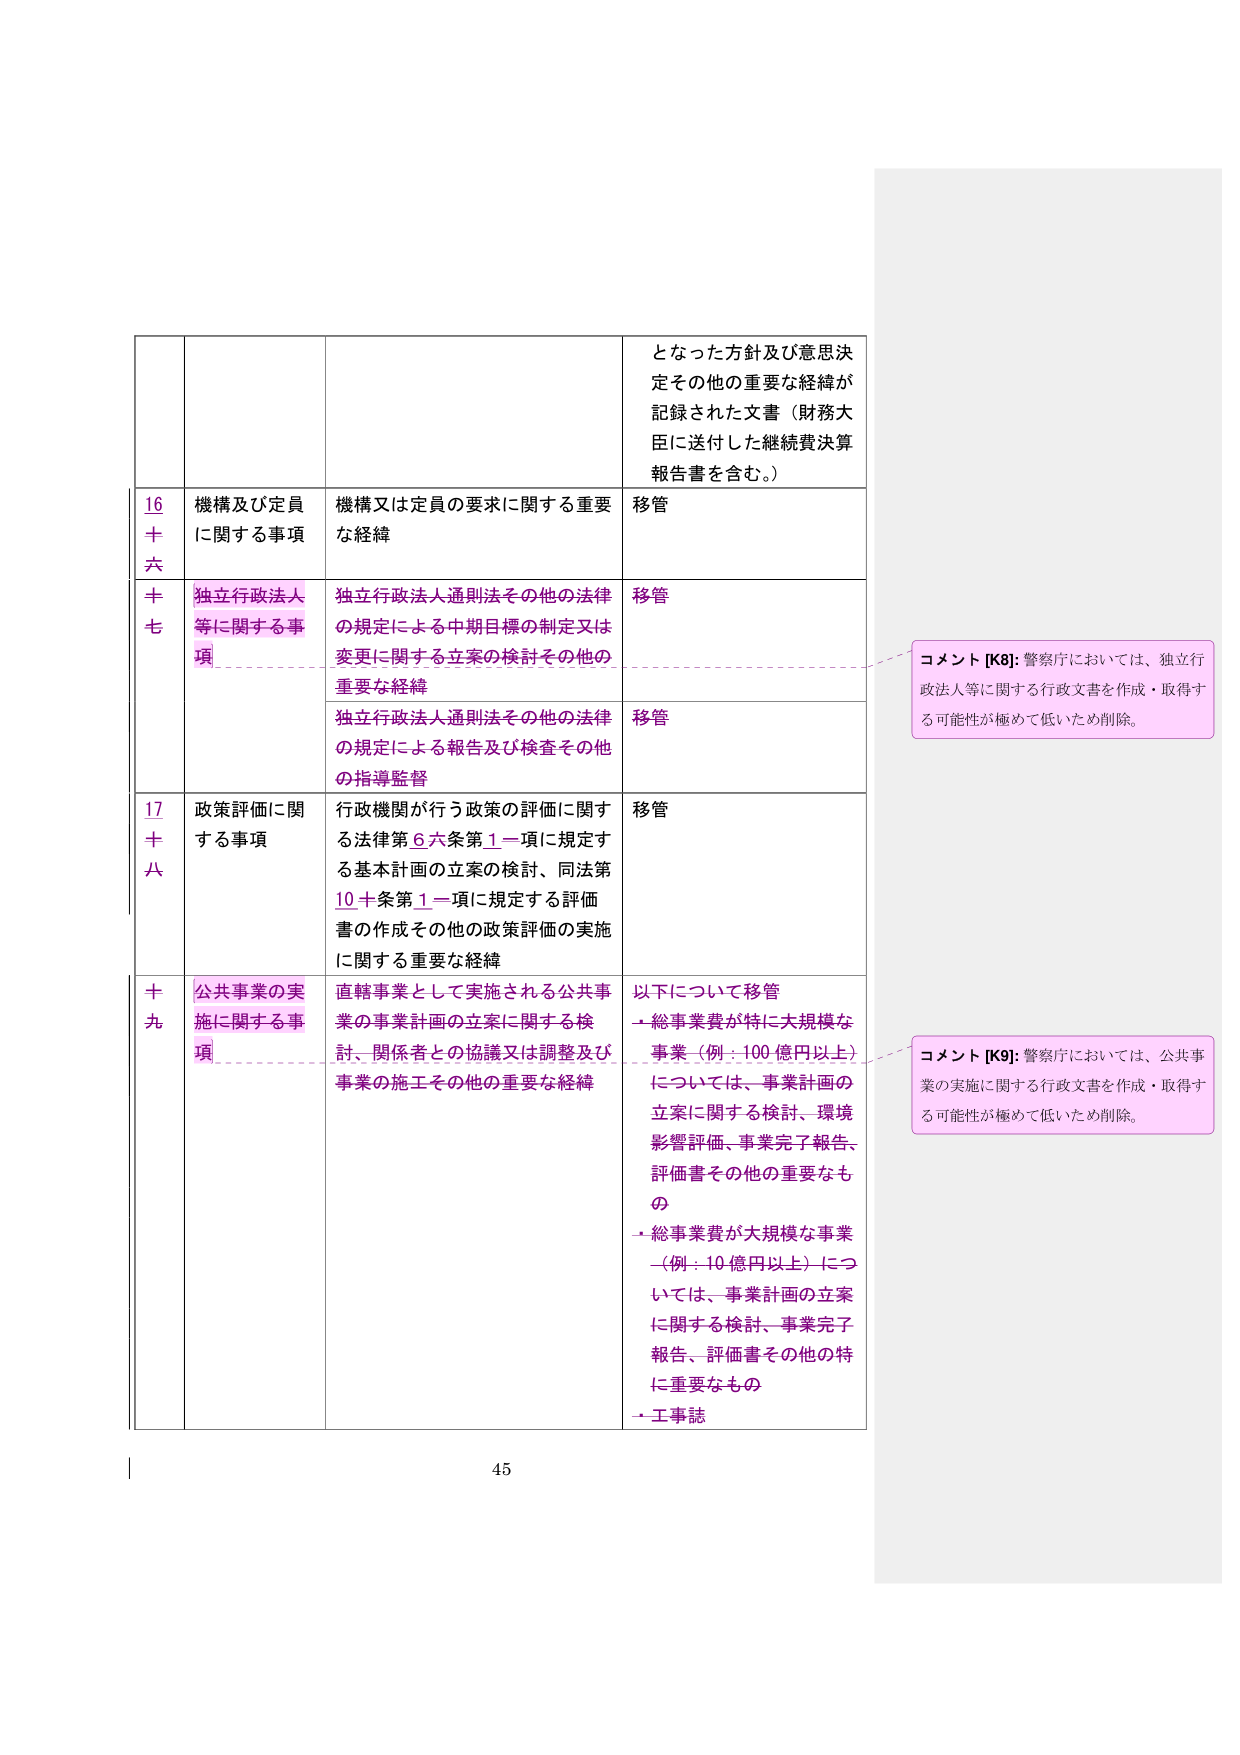
となった方針及び意思決定その他の重要な経緯が記録された文書（財務大臣に送付した継続費決算報告書を含む。）

16
十六
機構及び定員に関する事項
機構又は定員の要求に関する重要な経緯
移管

十七
独立行政法人等に関する事項
独立行政法人通則法その他の法律の規定による中期目標の制定又は変更に関する立案の検討その他の重要な経緯
移管

独立行政法人通則法その他の法律の規定による報告及び検査その他の指導監督
移管

17
十八
政策評価に関する事項
行政機関が行う政策の評価に関する法律第6六条第1一項に規定する基本計画の立案の検討、同法第10十条第1一項に規定する評価書の作成その他の政策評価の実施に関する重要な経緯
移管

十九
公共事業の実施に関する事項
直轄事業として実施される公共事業の事業計画の立案に関する検討、関係者との協議又は調整及び事業の施工その他の重要な経緯
以下について移管
・総事業費が特に大規模な事業（例：100億円以上）については、事業計画の立案に関する検討、環境影響評価、事業完了報告、評価書その他の重要なもの
・総事業費が大規模な事業（例：10億円以上）については、事業計画の立案に関する検討、事業完了報告、評価書その他の特に重要なもの
・工事誌

コメント [K8]: 警察庁においては、独立行政法人等に関する行政文書を作成・取得する可能性が極めて低いため削除。

コメント [K9]: 警察庁においては、公共事業の実施に関する行政文書を作成・取得する可能性が極めて低いため削除。

45